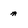
Character: m